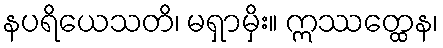
နပရိယေသတိ၊ မရှာမှိး။ ဣဿတ္ထေန၊